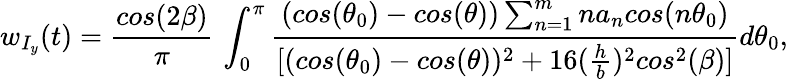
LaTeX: w_{I_{y}}(t)=\frac{cos(2\beta)}{\pi}\, \int_{0}^{\pi}\frac{(cos(\theta_{0})-cos(\theta))\sum_{n=1}^{m}na_{n}cos(n\theta_{0})}{[(cos(\theta_{0})-cos(\theta))^{2}+16(\frac{h}{b})^{2}cos^{2}(\beta)]}{d\theta_{0}},